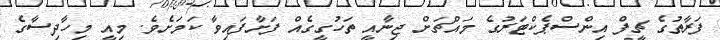
ފަރާތުގެ ޗީފް އިންސްޕެކްޓަރުގެ މައްޗަށް ޖިނާއީ ތަހުގީގެއް ފަށާފައިވާ ކަމަށެވެ. މިއީ މިހާދިސާގެ